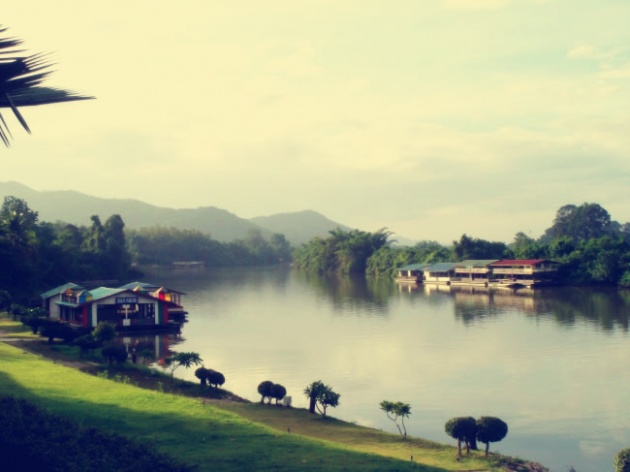
湛湛长江去，冥冥细雨来。